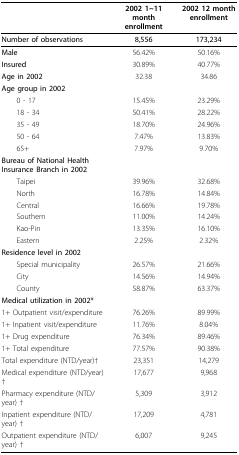
<table><thead><tr><td></td><td><b>2002 1~11 month enrollment</b></td><td><b>2002 12 month enrollment</b></td></tr></thead><tbody><tr><td><b>Number of observations</b></td><td><b>8,556</b></td><td><b>173,234</b></td></tr><tr><td><b>Male</b></td><td>56.42%</td><td>50.16%</td></tr><tr><td><b>Insured</b></td><td>30.89%</td><td>40.77%</td></tr><tr><td><b>Age in 2002</b></td><td>32.38</td><td>34.86</td></tr><tr><td><b>Age group in 2002</b></td><td></td><td></td></tr><tr><td> 0 - 17</td><td>15.45%</td><td>23.29%</td></tr><tr><td> 18 - 34</td><td>50.41%</td><td>28.22%</td></tr><tr><td> 35 - 49</td><td>18.70%</td><td>24.96%</td></tr><tr><td> 50 - 64</td><td>7.47%</td><td>13.83%</td></tr><tr><td> 65+</td><td>7.97%</td><td>9.70%</td></tr><tr><td><b>Bureau of National Health Insurance Branch in 2002</b></td><td></td><td></td></tr><tr><td> Taipei</td><td>39.96%</td><td>32.68%</td></tr><tr><td> North</td><td>16.78%</td><td>14.84%</td></tr><tr><td> Central</td><td>16.66%</td><td>19.78%</td></tr><tr><td> Southern</td><td>11.00%</td><td>14.24%</td></tr><tr><td> Kao-Pin</td><td>13.35%</td><td>16.10%</td></tr><tr><td> Eastern</td><td>2.25%</td><td>2.32%</td></tr><tr><td><b>Residence level in 2002</b></td><td></td><td></td></tr><tr><td> Special municipality</td><td>26.57%</td><td>21.66%</td></tr><tr><td> City</td><td>14.56%</td><td>14.94%</td></tr><tr><td> County</td><td>58.87%</td><td>63.37%</td></tr><tr><td><b>Medical utilization in 2002*</b></td><td></td><td></td></tr><tr><td>1+ Outpatient visit/expenditure</td><td>76.26%</td><td>89.99%</td></tr><tr><td>1+ Inpatient visit/expenditure</td><td>11.76%</td><td>8.04%</td></tr><tr><td>1+ Drug expenditure</td><td>76.34%</td><td>89.46%</td></tr><tr><td>1+ Total expenditure</td><td>77.57%</td><td>90.38%</td></tr><tr><td>Total expenditure (NTD/year)†</td><td>23,351</td><td>14,279</td></tr><tr><td>Medical expenditure (NTD/year) †</td><td>17,677</td><td>9,968</td></tr><tr><td>Pharmacy expenditure (NTD/year) †</td><td>5,309</td><td>3,912</td></tr><tr><td>Inpatient expenditure (NTD/year) †</td><td>17,209</td><td>4,781</td></tr><tr><td>Outpatient expenditure (NTD/year) †</td><td>6,007</td><td>9,245</td></tr></tbody></table>